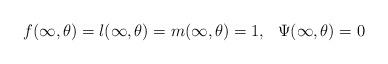
LaTeX: \begin{align*}f(\infty,\theta)=l(\infty,\theta)=m(\infty,\theta)=1,\ \ \Psi(\infty,\theta)=0\end{align*}